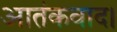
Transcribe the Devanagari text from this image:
आतंकवाद।